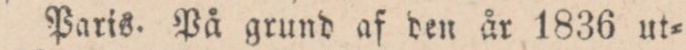
Paris. På grund af den år 1836 ut=